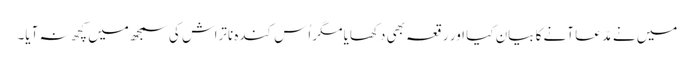
میں نے مدّعا آنے کا بیان کیا اور رقعہ بھی دکھایا مگر اُس کندہِ ناتراش کی سمجھ میں کچھ نہ آیا۔